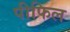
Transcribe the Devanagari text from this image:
पीफिल